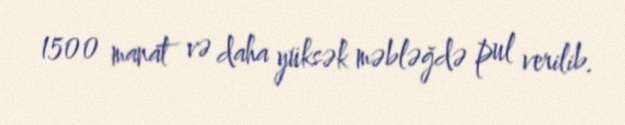
1500 manat və daha yüksək məbləğdə pul verilib.